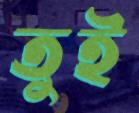
তুই